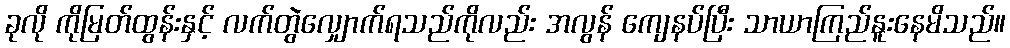
ခုလို ကိုမြတ်ထွန်းနှင့် လက်တွဲလျှောက်ရသည်ကိုလည်း အလွန် ကျေနပ်ပြီး သာယာကြည်နူးနေမိသည်။